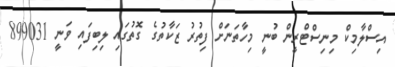
އިސްލާމިކް މިނިސްޓްރީން ބުނީ މިހާތަނަށް ފިތުރު ޒަކާތުގެ ގޮތުގައި ލިބިފައި ވަނީ 899031